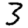
Digit: 3